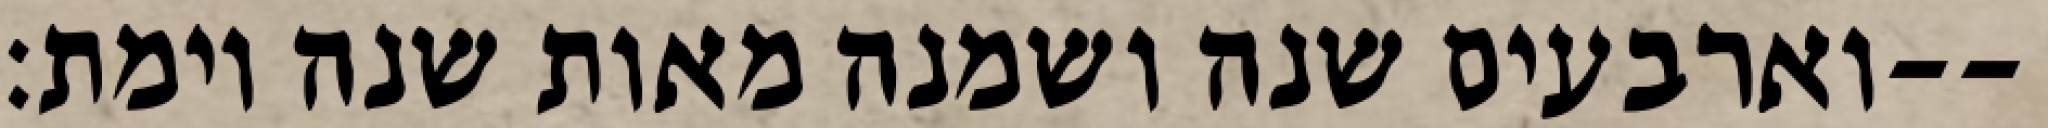
וארבעים שנה ושמנה מאות שנה וימת׃--